Document type: Sale
Year: 1461
Scribe: [Unknown]
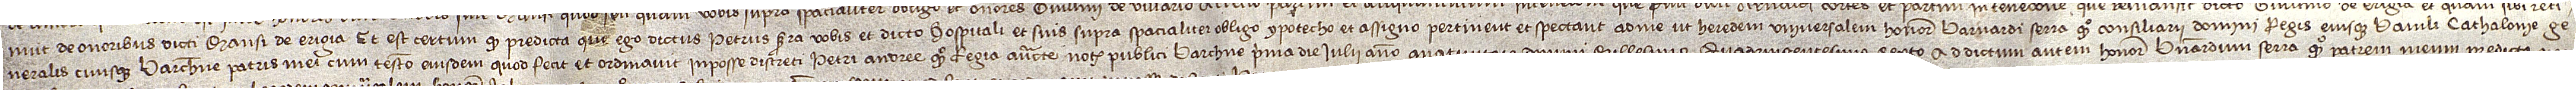
nuit de onoribus dicti mansi de Erigia. Et est certum quod predicta que ego dictus Petrus Serra vobis et dicto hospitali et suis supra spacialiter obligo, ypotecho et assigno pertinet et spectant ad me ut heredem universalem honorabilis Barnardi Serra, quondam, consiliarii domini regis eiusque baiuli Cathalonie ge-